Indian journal of veterinary science and animal husbandry - Volume 7,
Year: 1937
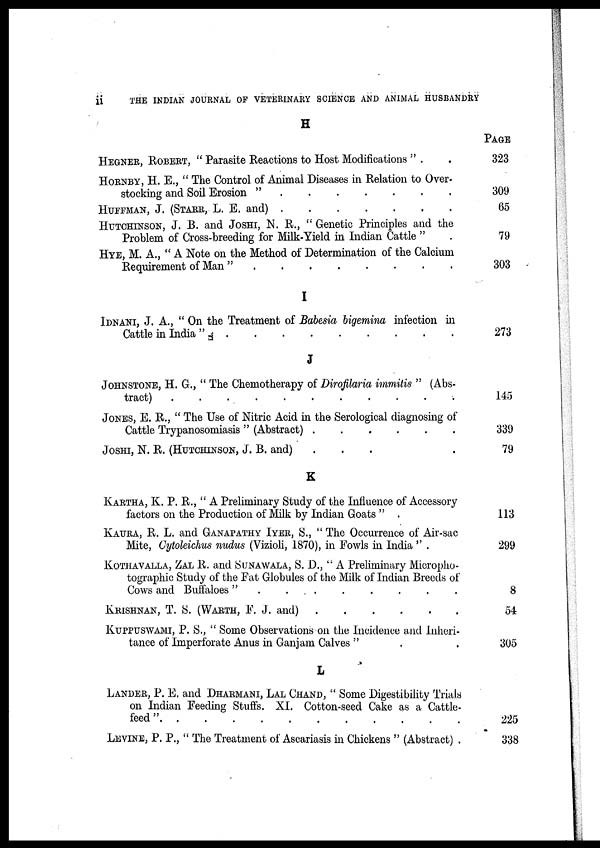
ii
THE INDIAN JOURNAL OF VETERINARY SCIENCE AND ANIMAL HUSBANDRY
H
HEGNER, ROBERT, " Parasite Reactions to Host Modifications " . . .
HORNBY, H. E., " The Control of Animal Diseases in Relation to Over-
stocking and Soil Erosion "
.
.
.
.
.
.
.
HUFFMAN, J. (STARR, L. E.
and).
.
.
.
.
.
HUTCHINSON, J. B. and JOSHI, N. R., "Genetic Principles and the
Problem of Cross-breeding for Milk-Yield in Indian Cattle " .
HYE, M. A., "A Note on the Method of Determination of the Calcium
Requirement of Man "
.
.
.
.
.
.
.
.
I
IDNANI, J. A., "On the Treatment of Babesia bigemina infection in
Cattle in India "
.
.
.
.
.
.
.
.
.
.
J
JOHNSTONE, H. G., " The Chemotherapy of Dirofilaria immitis " (Abs-
tract) . . . . . . . . . .
JONES, E. R., " The Use of Nitric Acid in the Serological diagnosing of
Cattle Trypanosomiasis " (Abstract)
.
.
.
.
.
.
JOSHI, N. R. (HUTCHINSON, J. B. and) . . . . .
K
KARTHA, K. P. R., " A Preliminary Study of the Influence of Accessory
factors on the Production of Milk by Indian Goats " .
KAURA, R. L. and GANAPATHY IYER, S., " The Occurrence of Air-sac
Mite, Cytoleichus nudus (Vizioli, 1870), in Fowls in India " .
KOTHAVALLA, ZAL R. and SUNAWALA, S. D., "A Preliminary Micropho-
tographic Study of the Fat Globules of the Milk of Indian Breeds of
Cows and Buffaloes " . . . . . . . .
KRISHNAN, T. S. (WARTH, F. J. and)
.
.
.
.
.
.
KUPPUSWAMI, P. S., " Some Observations on the Incidence and Inheri-
tance of Imperforate Anus in Ganjam Calves " . .
L
LANDER, P. E. and DHARMANI, LAL CHAND, " Some Digestibility Trials
on Indian Feeding Stuffs. XI. Cotton-seed Cake as a Cattle-
feed"
.
.
.
.
.
.
.
.
.
.
LEVINE, P. P., " The Treatment of Ascariasis in Chickens " (Abstract) .
PAGE
323
309
65
79
303
273
145
339
79
113
299
8
54
305
225
338